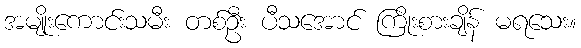
အမျိုးကောင်းသမီး တစ်ဦး ပီသအောင် ကြိုးစားချိန် မရသေး။